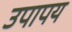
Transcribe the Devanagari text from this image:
उपापय